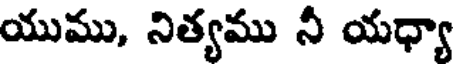
యుము, నిత్యము నీ యధ్యా